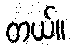
တယ်။